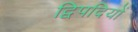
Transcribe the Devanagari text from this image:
द्विपदियों